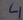
Text: 4